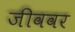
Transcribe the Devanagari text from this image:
जीववर